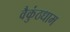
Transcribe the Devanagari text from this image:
वैकुंठधाम